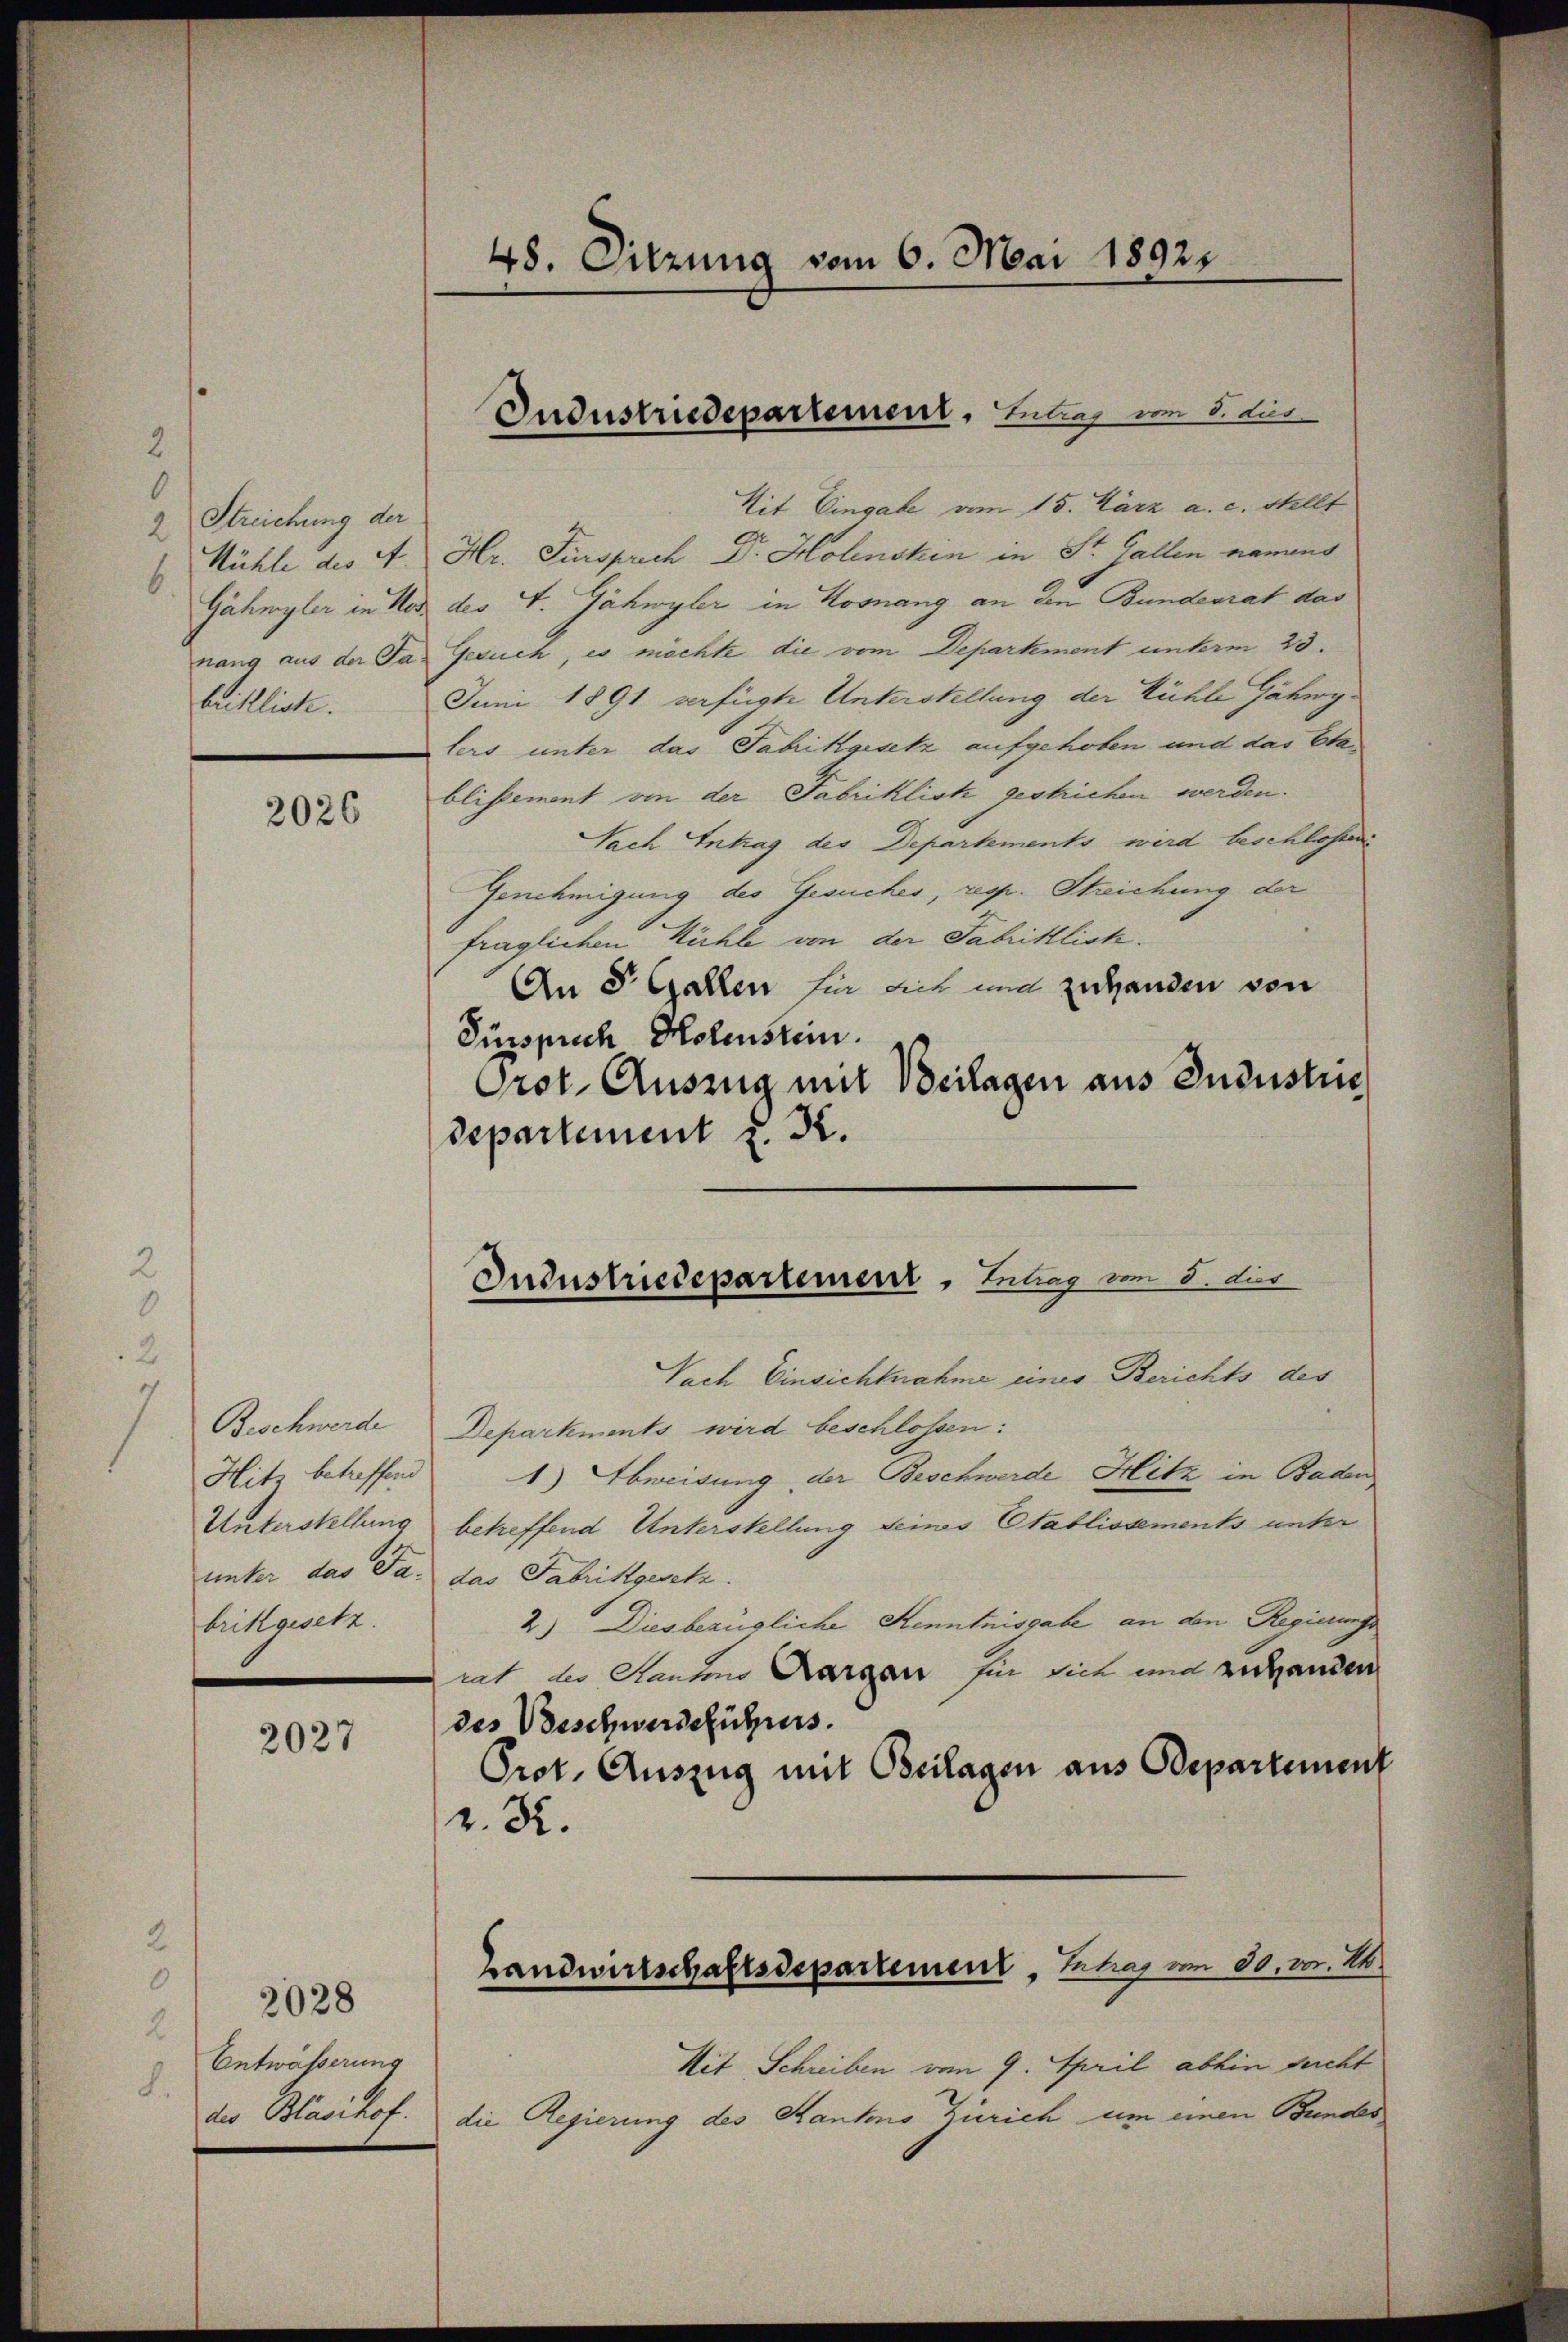
2
0
Streichung der
2
E Kühle des et
beistlich.

2026

2
Beschwerde
Hitz betreffen
brikgesetz

2

2027

0
2
Entwässerung
L.

Mit Eingabe vom 15. März a. c. stellt
Hr. Fürsprech Dr. Holensten in St. Gallen namens
Gähmyler in Not des V. Jähwyler in Kosnang an den Bundesrat das
nang aus der das Gesuch, es möchte die vom Departement unterm 23.
Juni 1891 verfügte Unterstellung der Kühle Jähwylers unter das Fabrikgesetz aufgehoben und das Etablissement von der Fabriklich gestrichen werden.
Sach Antrag des Departements wird beschlossen
Genehmigung des Gesuches, regr. Streichung der
fraglichen Kühle von der Fabriklich.
An 8 Gallen für sich und zuhanden von
Fürsprich Holenstein.
Orot. Auszug mit Beilagen aus Industrie
departement u. Kr.

48. Sitzung vom 6. Mai 18921.

Industriedepartement, Lutrag vom 8. Lis

Industriedepartement. Intrag vom 3. dur

Nach Einsichtnahme eines Berichts des
Departments wird beschlossen:
1) Abweisung der Beschwerde Hitz in Baden
Unterstellung betreffend Unterstellung deines Stablissements unter
unter das Ja. das Fabrikgesetz
2.) Diesbezügliche Kenntnisgabe an den Regierungs
rat der Kantons Aargau für sich und endganden
des Beschwerdeführuns.
Prot. Auszug mit Beilagen aus Departement
z. R.
Mit Schreiben vom 9. April abhin sucht
der Blasihof. die Regierung des Kanto Zürich um einen Bundes

Handwirtschaftsdepartement, Intrag vom 30. v. M.